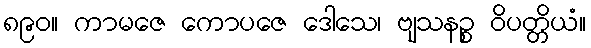
၈၉၀။ ကာမဇေ ကောပဇေ ဒေါသေ၊ ဗျသနဉ္စ ဝိပတ္တိယံ။